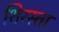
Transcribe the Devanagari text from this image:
शिरस्ता